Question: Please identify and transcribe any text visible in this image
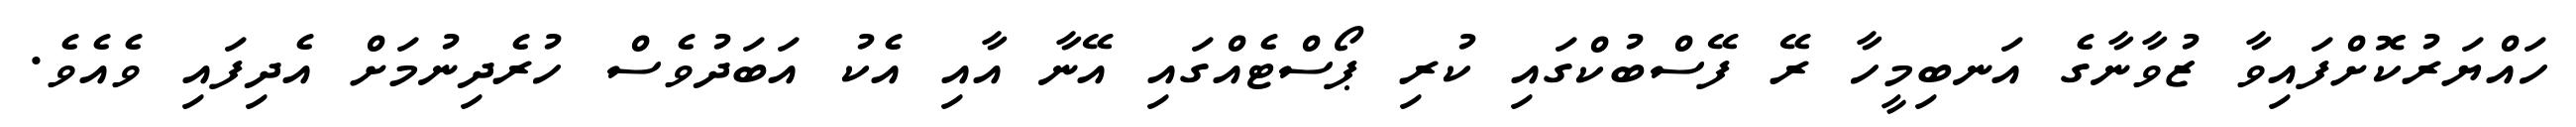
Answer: ހައްޔަރުކޮށްފައިވާ ޒުވާނާގެ އަނބިމީހާ ރޭ ފޭސްބުކްގައި ކުރި ޕޯސްޓެއްގައި އޭނާ އާއި އެކު އަބަދުވެސް ހުރެދިނުމަށް އެދިފައި ވެއެވެ.